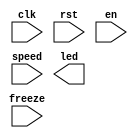
module lab3_2
(
    input clk,
    input rst,
    input en,
    input speed,
    input freeze,
    output [15:0] led
);

endmodule